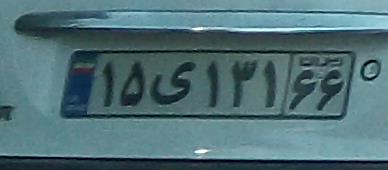
۱۵ی۱۳۱۶۶